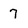
Character: 7